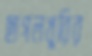
ছাগলখুরির